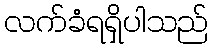
လက်ခံရရှိပါသည်